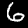
Label: 6